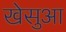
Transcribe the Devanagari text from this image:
खेसुआ